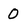
Character: 0